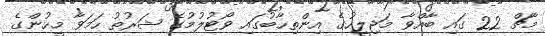
މާޗް 22 ގައި ބާއްވާ މަޖިލީހުގެ އިންތިހާބުގައި ވޯޓުލުމުގެ ޝަރުތު ހަމަވާ މީހުންގެ